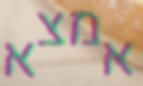
אמצא